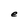
Character: e